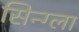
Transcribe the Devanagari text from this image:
सिन्ग्ला